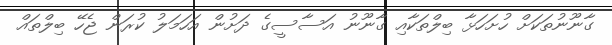
ގާނޫނުތަކަށް ހުށަހަޅާ ބިލްތަކާއި ގާނޫނު އަސާސީގެ ދަށުން އަހަމަލު ކުރަން ޖެހޭ ބިލްތައް